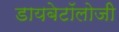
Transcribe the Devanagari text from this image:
डायबेटॉलोजी